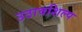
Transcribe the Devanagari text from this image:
उठावशिल्प